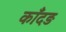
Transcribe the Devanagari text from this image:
काँदड़